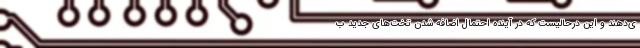
ی‌دهند و این درحالیست که در آینده احتمال اضافه شدن تخت‌های جدید ب